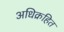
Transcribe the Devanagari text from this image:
अधिक्रहित